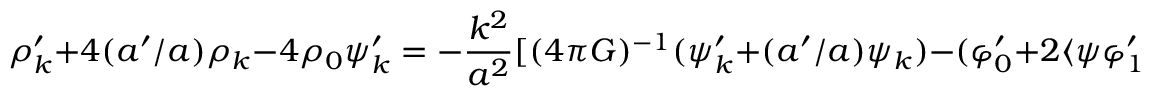
\rho _ { k } ^ { \prime } + 4 ( a ^ { \prime } / a ) \rho _ { k } - 4 \rho _ { 0 } \psi _ { k } ^ { \prime } = - \frac { k ^ { 2 } } { a ^ { 2 } } \lbrack ( 4 \pi G ) ^ { - 1 } ( \psi _ { k } ^ { \prime } + ( a ^ { \prime } / a ) \psi _ { k } ) - ( \varphi _ { 0 } ^ { \prime } + 2 \langle \psi \varphi _ { 1 } ^ { \prime } \rangle ) \varphi _ { k } \rbrack + 2 \Gamma _ { \varphi } \varphi _ { 0 } ^ { \prime } \varphi _ { k } ^ { \prime }